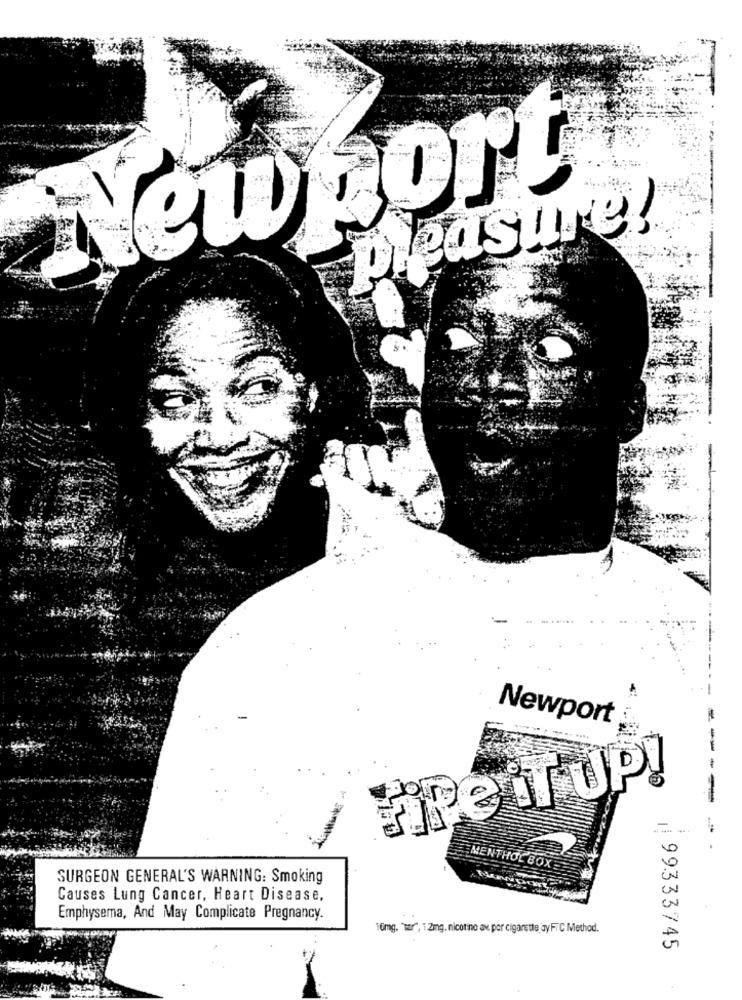
Newport
pleasure!
-
Newport
--
HRe iT UP!
--
-
MENTHOL BOX
SURGEON GENERAL'S WARNING: Smoking
Causes Lung Cancer, Heart Disease,
Emphysema, And May Complicate Pregnancy.
16mg. "tar", i 2mg. nicotino av. por cigarette ay FTC Method.
99333745